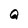
Character: Q